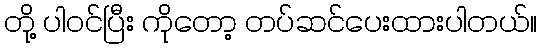
တို့ ပါဝင်ပြီး ကိုတော့ တပ်ဆင်ပေးထားပါတယ်။